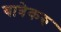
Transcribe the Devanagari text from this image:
यात्रेकरु